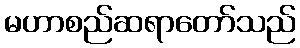
မဟာစည်ဆရာတော်သည်